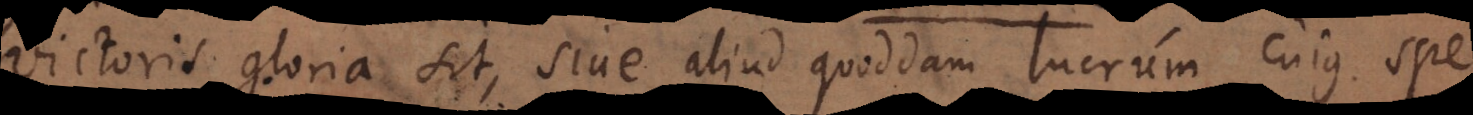
victoris gloria sit, sive aliud quoddam lucrum cujus spe